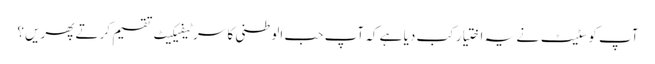
آپ کو سٹیٹ نے یہ اختیار کب دیا ہے کہ آپ حب الوطنی کا سرٹیفیکیٹ تقسیم کرتے پھریں؟